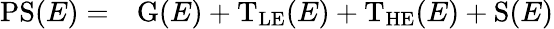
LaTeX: \begin{array}{rl}{\mathrm{PS}(E)=}&{{}\mathrm{G}(E)+\mathrm{T_{LE}}(E)+\mathrm{T_{HE}}(E)+\mathrm{S}(E)}\end{array}